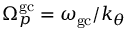
\Omega _ { p } ^ { \mathrm { g c } } = \omega _ { \mathrm { g c } } / k _ { \theta }